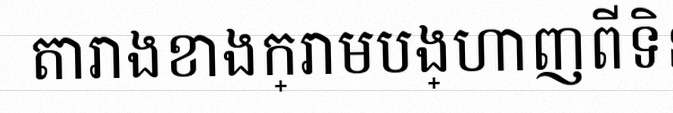
តារាងខាងក្រោមបង្ហាញពីទិន្នន័យ